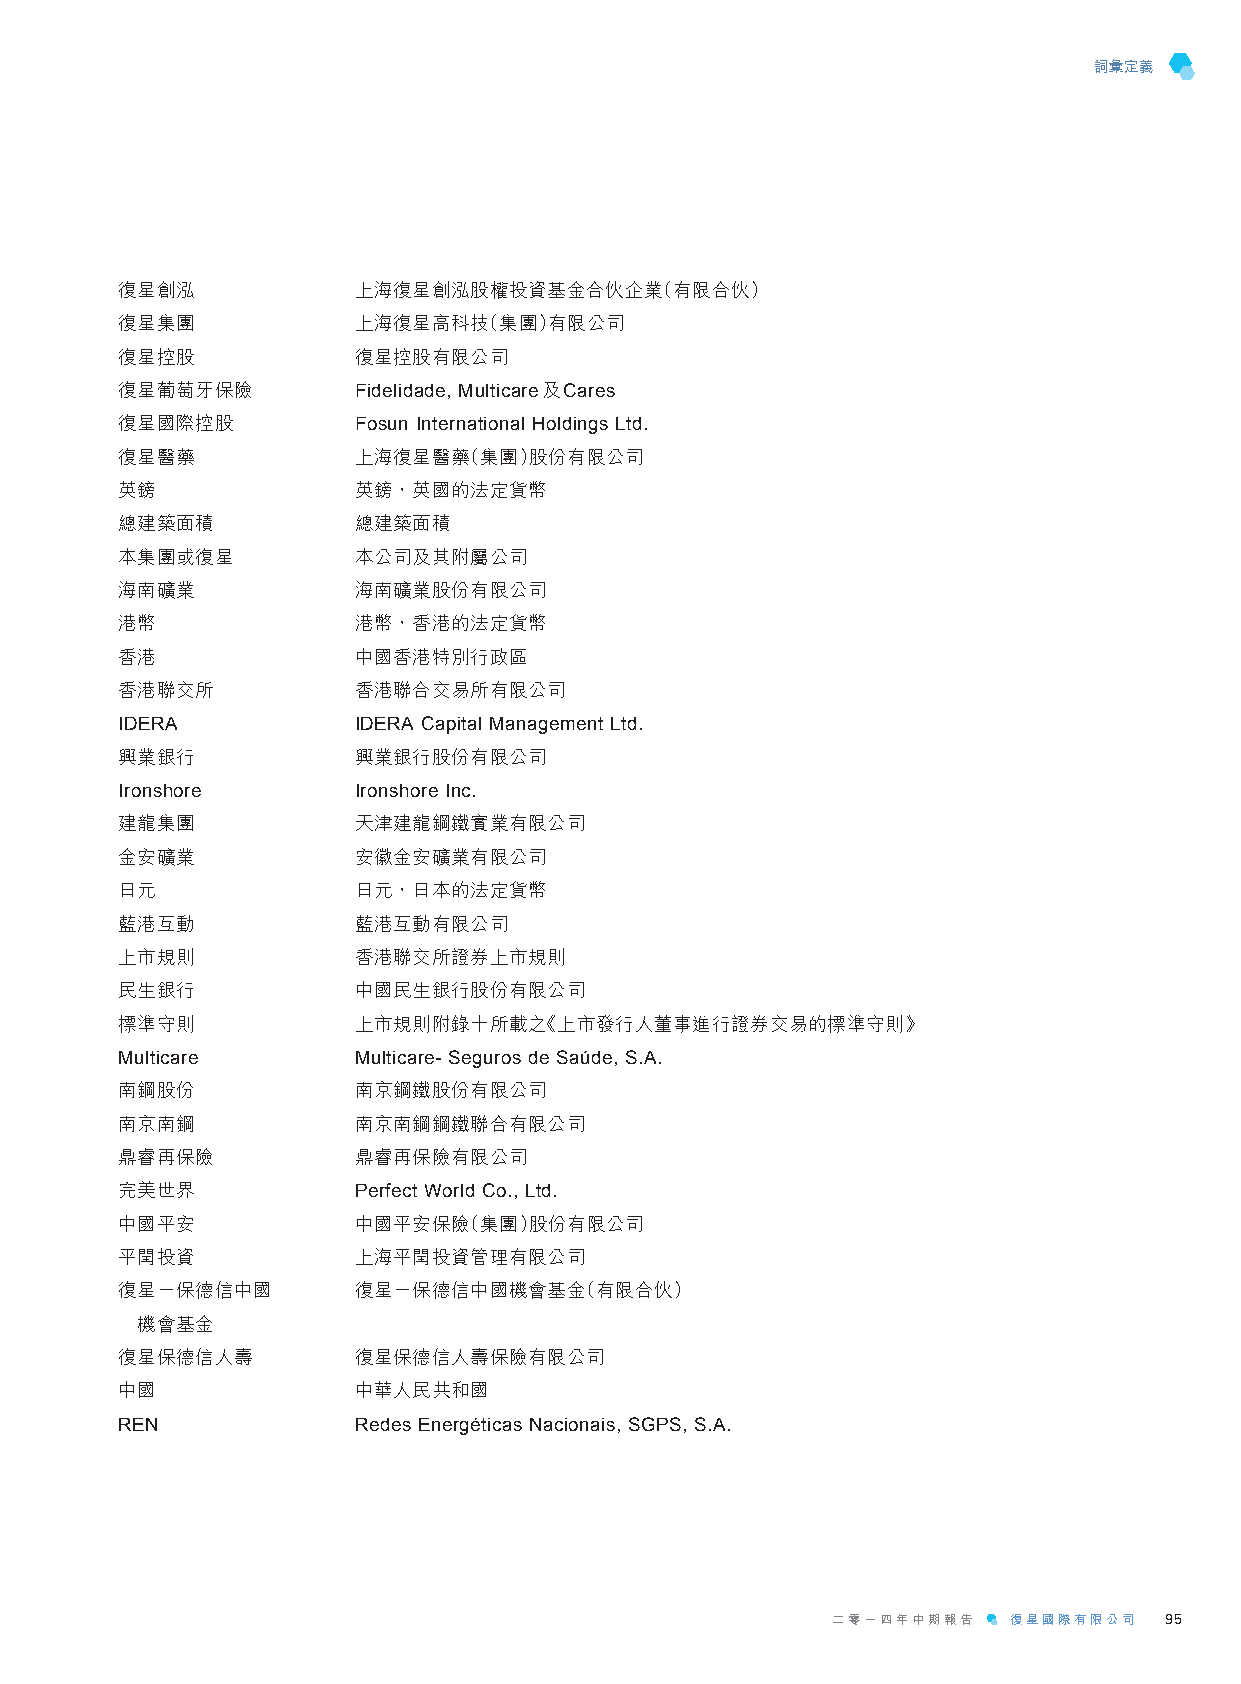
詞彙定義
 復星創泓           上海復星創泓股權投資基金合伙企業（有限合伙）
 復星集團           上海復星高科技（集團）有限公司
 復星控股           復星控股有限公司
 復星葡萄牙保險        Fidelidade, Multicare及Cares
 復星國際控股         Fosun International Holdings Ltd.
 復星醫藥           上海復星醫藥（集團）股份有限公司
 英鎊             英鎊，英國的法定貨幣
 總建築面積          總建築面積
 本集團或復星         本公司及其附屬公司
 海南礦業           海南礦業股份有限公司
 港幣             港幣，香港的法定貨幣
 香港             中國香港特別行政區
 香港聯交所          香港聯合交易所有限公司
 IDERA          IDERA Capital Management Ltd.
 興業銀行           興業銀行股份有限公司
 Ironshore      Ironshore Inc.
 建龍集團           天津建龍鋼鐵實業有限公司
 金安礦業           安徽金安礦業有限公司
 日元             日元，日本的法定貨幣
 藍港互動           藍港互動有限公司
 上市規則           香港聯交所證券上市規則
 民生銀行           中國民生銀行股份有限公司
 標準守則           上市規則附錄十所載之《上市發行人董事進行證券交易的標準守則》
 Multicare      Multicare- Seguros de Saúde, S.A.
 南鋼股份           南京鋼鐵股份有限公司
 南京南鋼           南京南鋼鋼鐵聯合有限公司
 鼎睿再保險          鼎睿再保險有限公司
 完美世界           Perfect World Co., Ltd.
 中國平安           中國平安保險（集團）股份有限公司
 平閏投資           上海平閏投資管理有限公司
 復星－保德信中國       復星－保德信中國機會基金（有限合伙）
 機會基金
 復星保德信人壽        復星保德信人壽保險有限公司
 中國             中華人民共和國
 REN            Redes Energéticas Nacionais, SGPS, S.A.
 二零一四年中期報告   復星國際有限公司  95